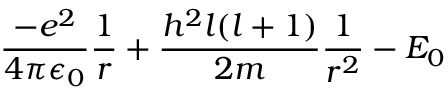
{ \frac { - e ^ { 2 } } { 4 \pi \epsilon _ { 0 } } } { \frac { 1 } { r } } + { \frac { h ^ { 2 } l ( l + 1 ) } { 2 m } } { \frac { 1 } { r ^ { 2 } } } - E _ { 0 }